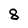
Character: 8